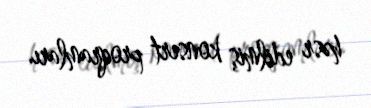
həsr edilmiş konsert proqramları.